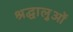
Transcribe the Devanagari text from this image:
श्रद्घालुओं